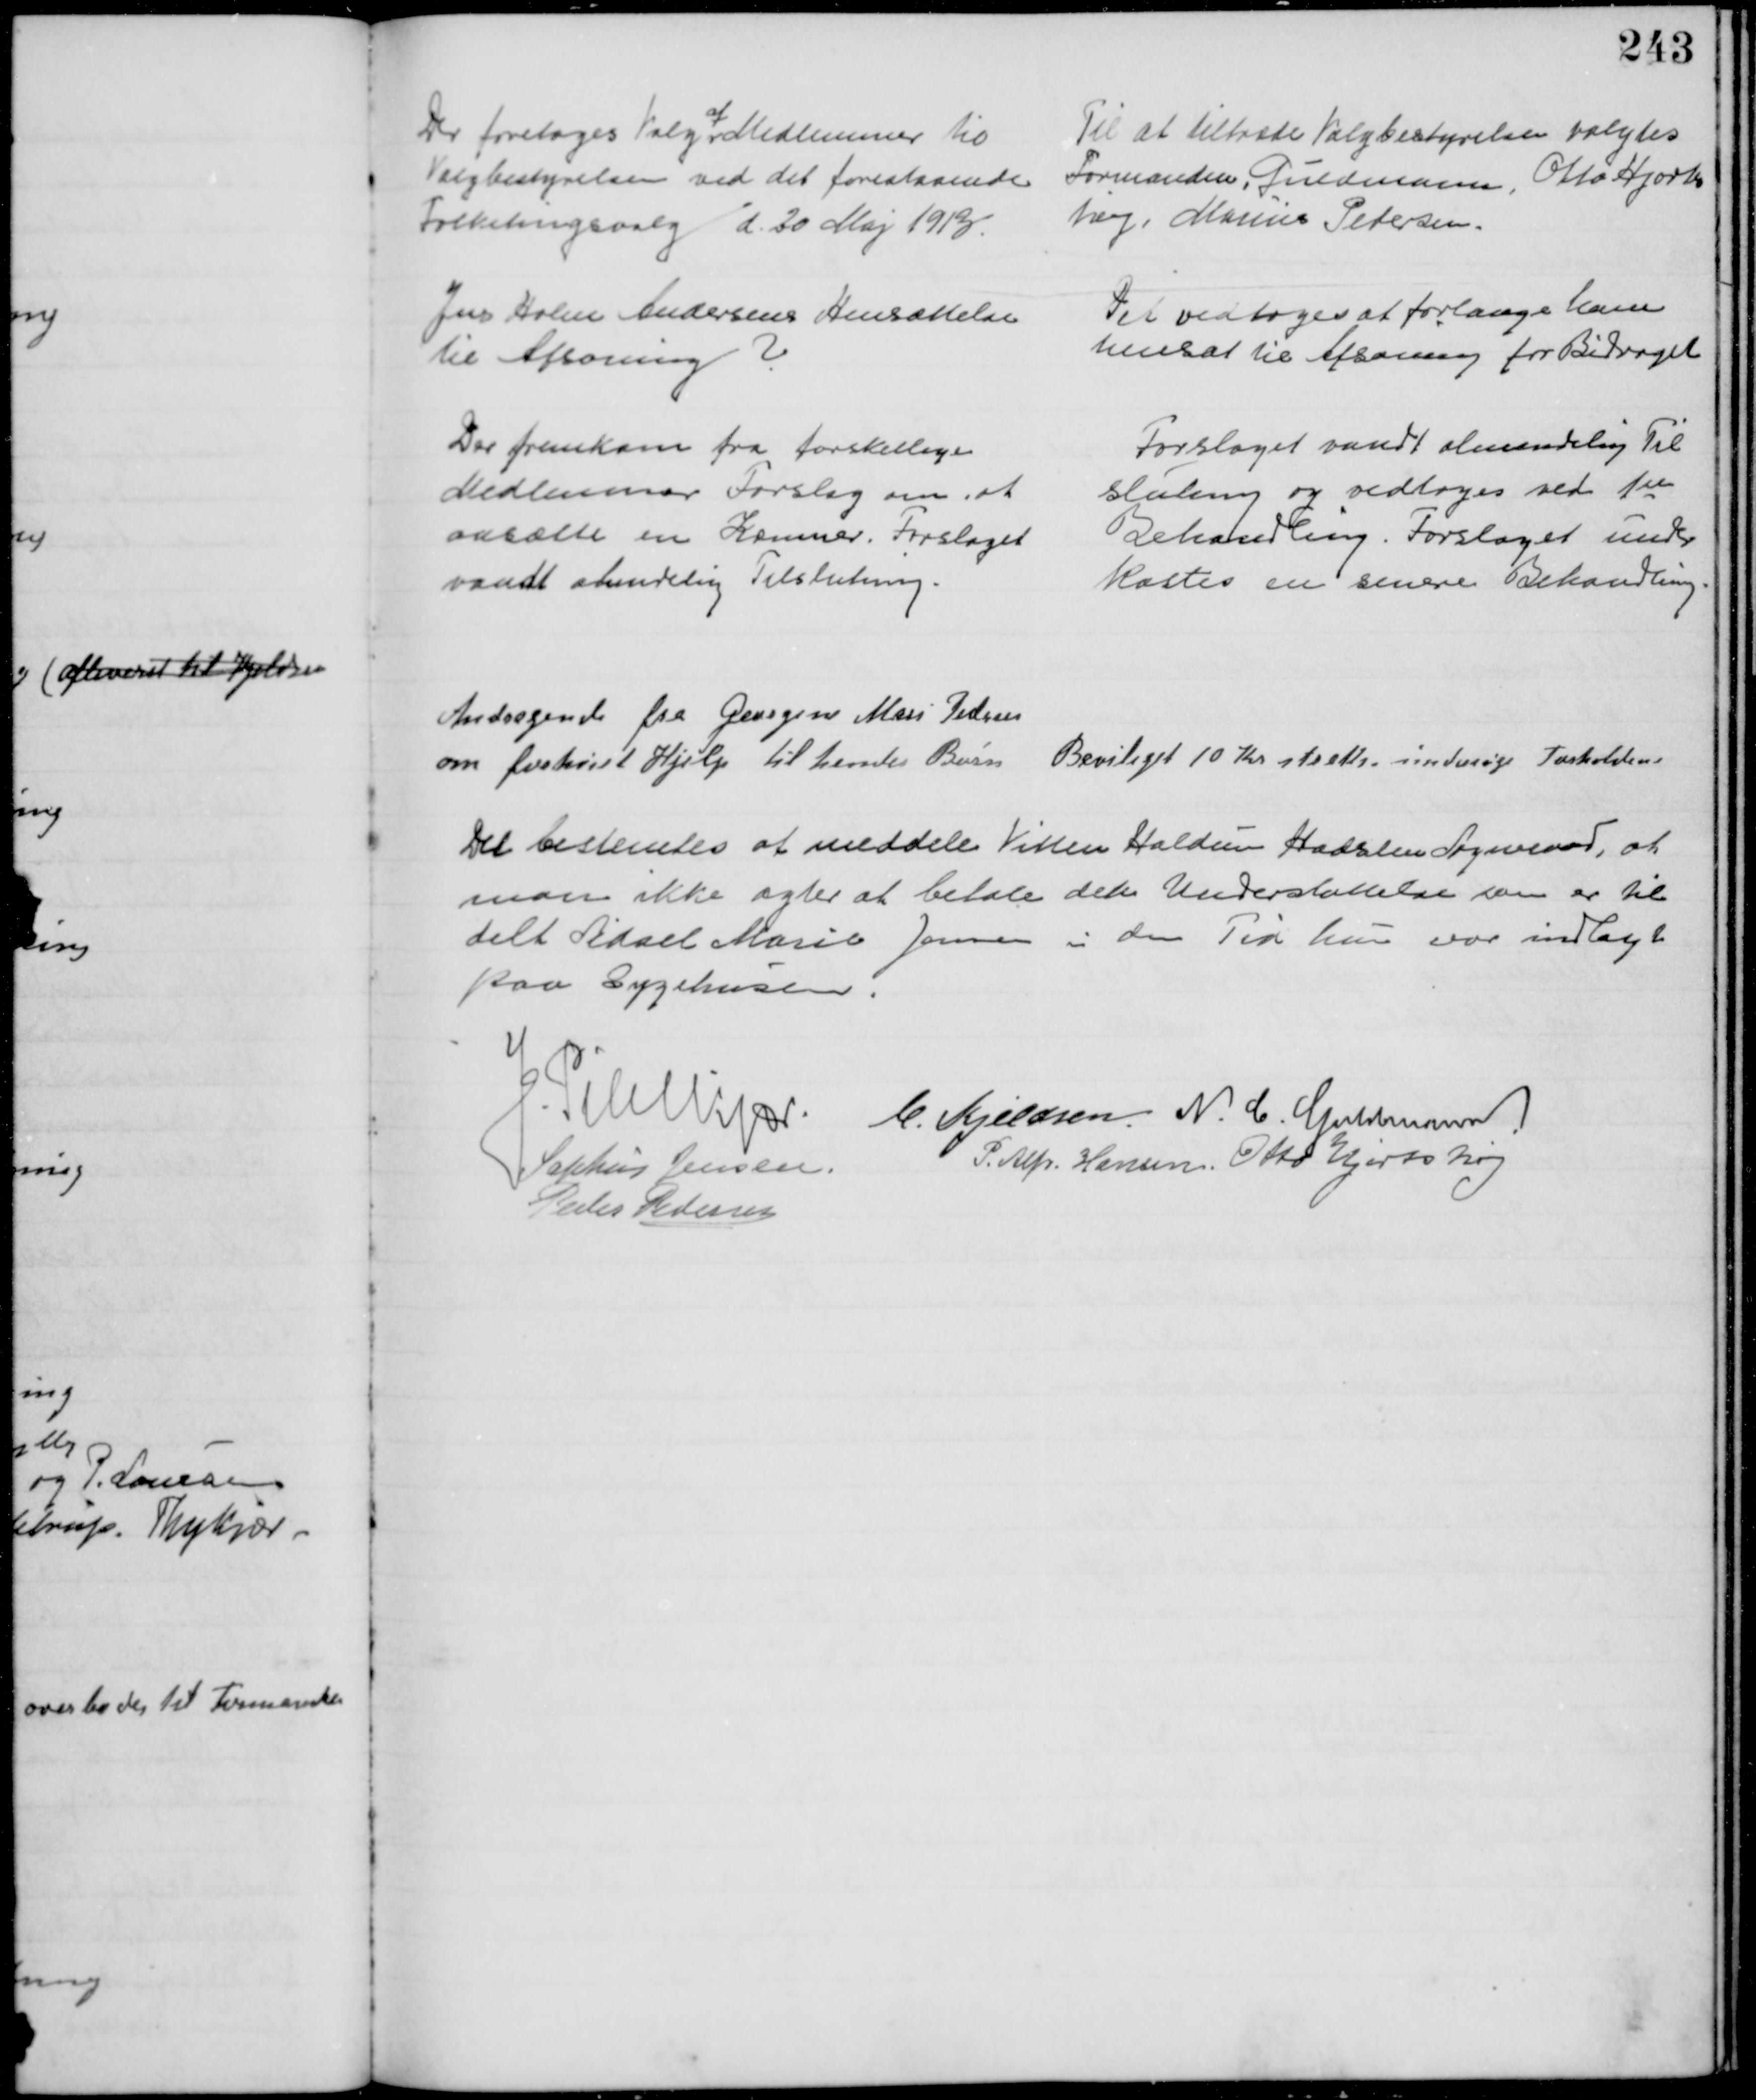
Transskription:
Der foretoges Valg  
af
Medlemmer til 
Valgbestyrelsen ved det forestaaende 
Folketingsvalg d. 20 Maj 1913.
Til at tiltræde Valgbestyrelsen valgtes
Formanden, Guldmann, Otto Hjorts
høj, Marius Petersen.
Jens Holm Andersens Hensættelse
til Afsoning ?
Det vedtoges at forlange ham
hensat til Afsoning for Bidraget
Der fremkom fra forskellige
Medlemmer Forslag om, at
ansætte en Kæmner. Forslaget
vandt almindelig Tilslutning.
Forslaget vandt almindelig Til
slutning og vedtoges ved 1ste
Behandling. Forslaget under
kastes en senere Behandling.
Andragende fra Georgine Mari Pedersen
om forhøjet Hjælp til hende Børn. 
Beviliget 10 Kr straks. undersøge Forholdene
Det bestemtes at meddele Vitten Haldum Hadsten Sogneraad, at
man ikke agter at betale den Understøttelse som er til 
delt Sidsel Marie Jensen i den Tid hun var indlagt
paa Sygehusen.
J. Pihlkjær
C. Kjeldsen. N. C. Guldmann
Sophus Jensen.
P. Alfr. Hansen. Otto Hjortshøj
Peder Pedersen